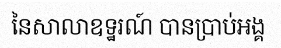
នៃសាលាឧទ្ឋរណ៍ បានប្រាប់អង្គ